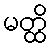
မတ္ထိ